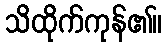
သိထိုက်ကုန်၏။